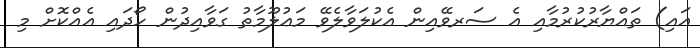
އައި) ތައްޔާރުކުރުމާއި އެ ސަރވޭއިން އެކުލަވާލެވޭ މަޢުލޫމާތު ގަވާއިދުން ހޯދައި އެއްކޮށް މި